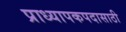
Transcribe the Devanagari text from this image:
प्राध्यापकपदासाठी